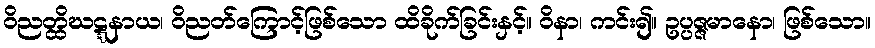
ဝိညတ္ထိဃဋ္ဋနာယ၊ ဝိညတ်ကြောင့်ဖြစ်သော ထိခိုက်ခြင်းနှင့်။ ဝိနာ၊ ကင်း၍။ ဥပ္ပဇ္ဇမာနော၊ ဖြစ်သော။